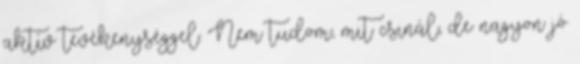
aktív tevékenységgel. Nem tudom, mit csinál, de nagyon jó